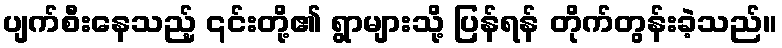
ပျက်စီးနေသည့် ၎င်းတို့၏ ရွာများသို့ ပြန်ရန် တိုက်တွန်းခဲ့သည်။